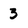
Character: 3